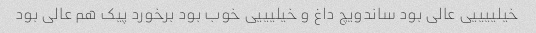
خیلییییی عالی بود ساندویچ داغ و خیلیییی خوب بود برخورد پیک هم عالی بود